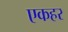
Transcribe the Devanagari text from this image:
एकहर